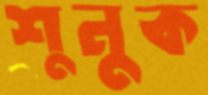
শুনুক